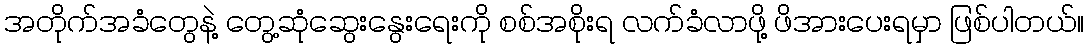
အတိုက်အခံတွေနဲ့ တွေ့ဆုံဆွေးနွေးရေးကို စစ်အစိုးရ လက်ခံလာဖို့ ဖိအားပေးရမှာ ဖြစ်ပါတယ်။